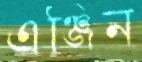
এঞ্জিন